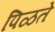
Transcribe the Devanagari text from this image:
पिळते